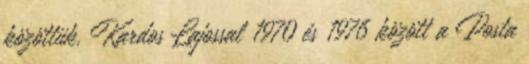
közöttük. Kardos Lajossal 1970 és 1976 kö­zött a Posta